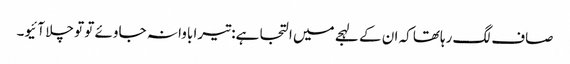
صاف لگ رہاتھا کہ ان کے لہجے میں التجا ہے: تیرا باوا نہ جاوئے تو تو چلا آئیو۔